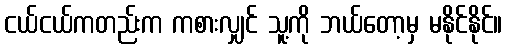
ငယ်ငယ်ကတည်းက ကစားလျှင် သူ့ကို ဘယ်တော့မှ မနိုင်နိုင်။